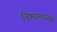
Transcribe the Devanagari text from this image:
विश्वमानस